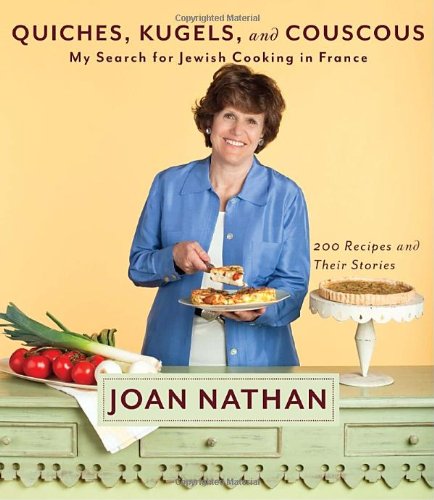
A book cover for Quiches, Kugels, and Couscous: My Search for Jewish Cooking in France; Joan Nathan; Cookbooks, Food & Wine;